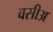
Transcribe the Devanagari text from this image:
वसीअ